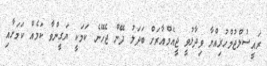
ރައީސުލްޖުމްހުރިއްޔާ ވިދާޅުވީ ޖީއެމްއާރަށް ބަދަލު ދޭން ޖެހޭނެ ކަމަކީ ޔަގީންވާ ކަމެއް ކަމަށާއި